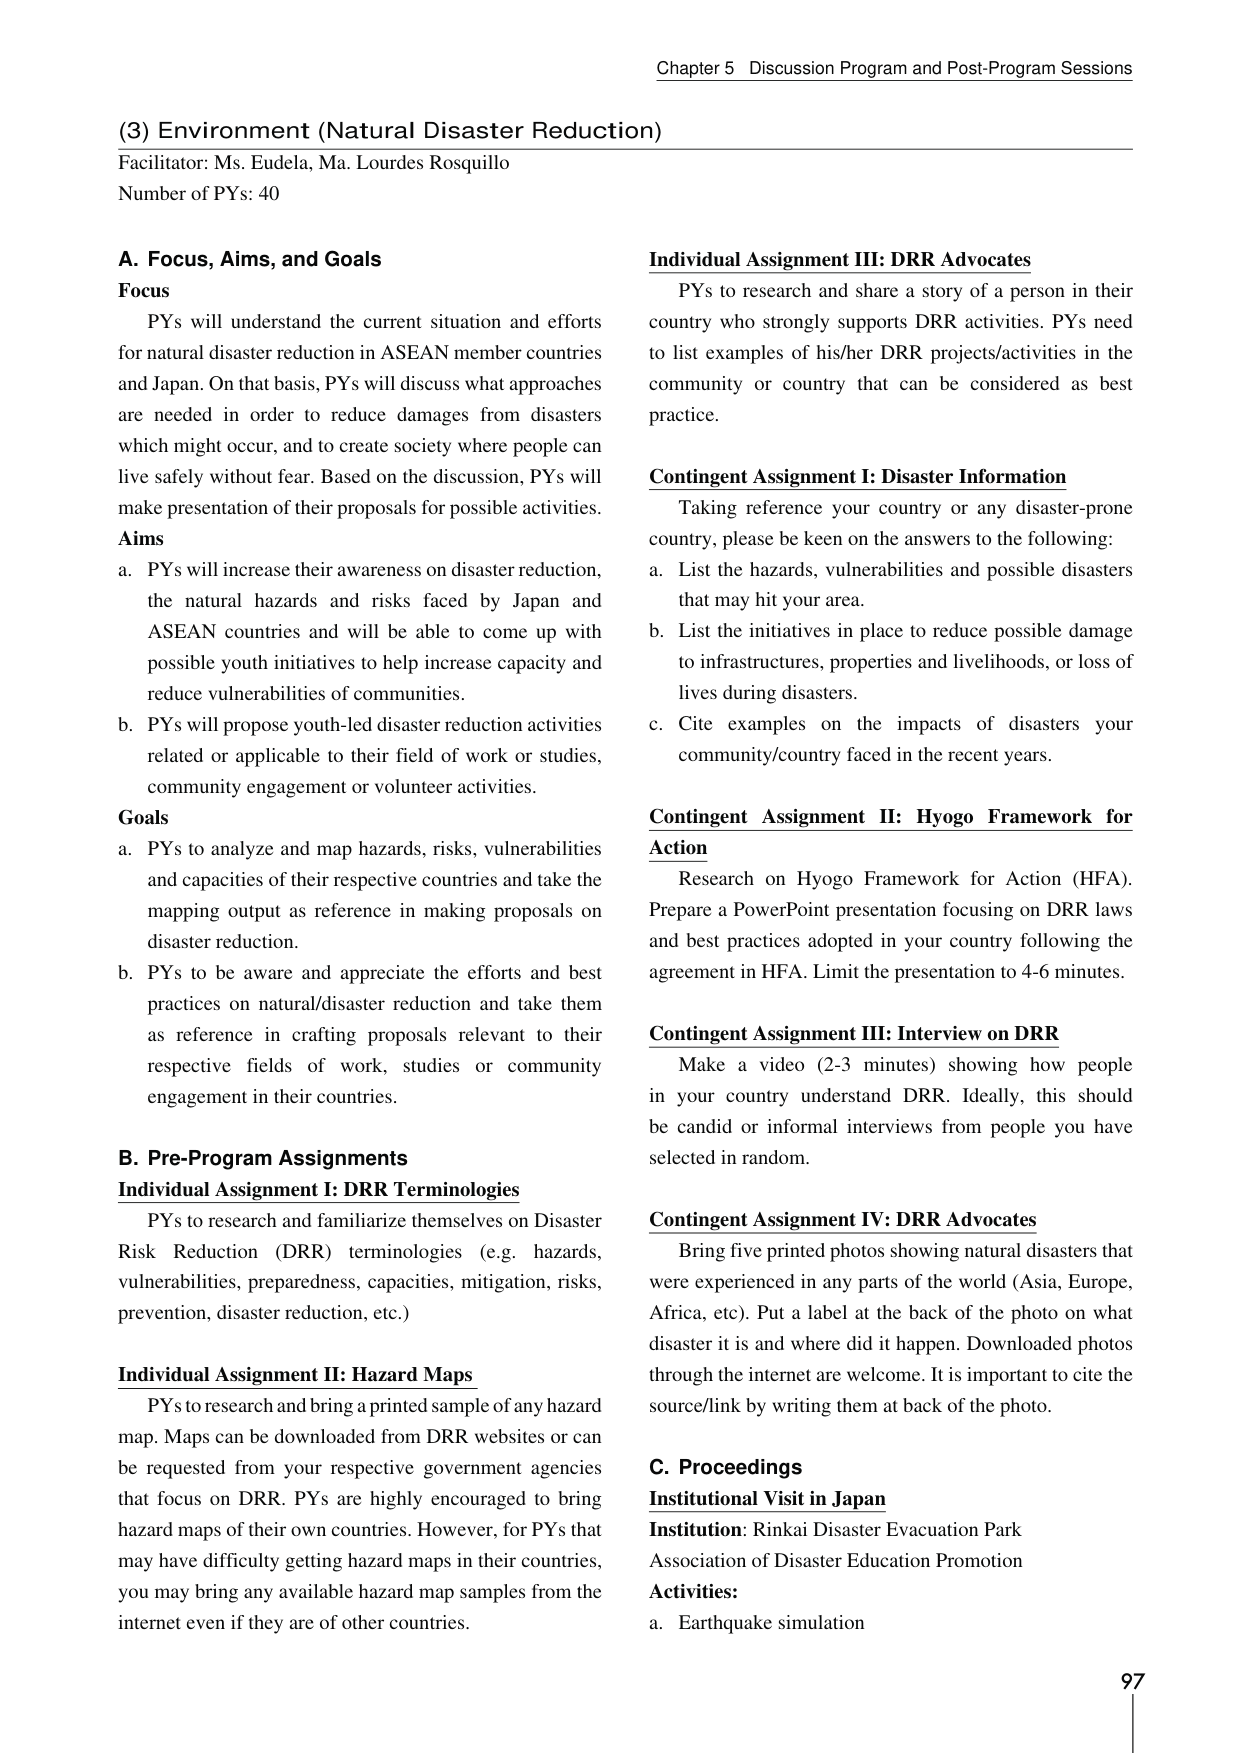
Chapter 5 Discussion Program and Post-Program Sessions

(3) Environment (Natural Disaster Reduction)
Facilitator: Ms. Eudela, Ma. Lourdes Rosquillo
Number of PYs: 40

A. Focus, Aims, and Goals
Focus
PYs will understand the current situation and efforts for natural disaster reduction in ASEAN member countries and Japan. On that basis, PYs will discuss what approaches are needed in order to reduce damages from disasters which might occur, and to create society where people can live safely without fear. Based on the discussion, PYs will make presentation of their proposals for possible activities.

Aims
a. PYs will increase their awareness on disaster reduction, the natural hazards and risks faced by Japan and ASEAN countries and will be able to come up with possible youth initiatives to help increase capacity and reduce vulnerabilities of communities.
b. PYs will propose youth-led disaster reduction activities related or applicable to their field of work or studies, community engagement or volunteer activities.

Goals
a. PYs to analyze and map hazards, risks, vulnerabilities and capacities of their respective countries and take the mapping output as reference in making proposals on disaster reduction.
b. PYs to be aware and appreciate the efforts and best practices on natural/disaster reduction and take them as reference in crafting proposals relevant to their respective fields of work, studies or community engagement in their countries.

B. Pre-Program Assignments
Individual Assignment I: DRR Terminologies
PYs to research and familiarize themselves on Disaster Risk Reduction (DRR) terminologies (e.g. hazards, vulnerabilities, preparedness, capacities, mitigation, risks, prevention, disaster reduction, etc.)

Individual Assignment II: Hazard Maps
PYs to research and bring a printed sample of any hazard map. Maps can be downloaded from DRR websites or can be requested from your respective government agencies that focus on DRR. PYs are highly encouraged to bring hazard maps of their own countries. However, for PYs that may have difficulty getting hazard maps in their countries, you may bring any available hazard map samples from the internet even if they are of other countries.

Individual Assignment III: DRR Advocates
PYs to research and share a story of a person in their country who strongly supports DRR activities. PYs need to list examples of his/her DRR projects/activities in the community or country that can be considered as best practice.

Contingent Assignment I: Disaster Information
Taking reference your country or any disaster-prone country, please be keen on the answers to the following:
a. List the hazards, vulnerabilities and possible disasters that may hit your area.
b. List the initiatives in place to reduce possible damage to infrastructures, properties and livelihoods, or loss of lives during disasters.
c. Cite examples on the impacts of disasters your community/country faced in the recent years.

Contingent Assignment II: Hyogo Framework for Action
Research on Hyogo Framework for Action (HFA). Prepare a PowerPoint presentation focusing on DRR laws and best practices adopted in your country following the agreement in HFA. Limit the presentation to 4-6 minutes.

Contingent Assignment III: Interview on DRR
Make a video (2-3 minutes) showing how people in your country understand DRR. Ideally, this should be candid or informal interviews from people you have selected in random.

Contingent Assignment IV: DRR Advocates
Bring five printed photos showing natural disasters that were experienced in any parts of the world (Asia, Europe, Africa, etc). Put a label at the back of the photo on what disaster it is and where did it happen. Downloaded photos through the internet are welcome. It is important to cite the source/link by writing them at back of the photo.

C. Proceedings
Institutional Visit in Japan
Institution: Rinkai Disaster Evacuation Park
Association of Disaster Education Promotion
Activities:
a. Earthquake simulation

97